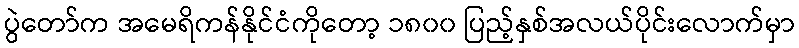
ပွဲတော်က အမေရိကန်နိုင်ငံကိုတော့ ၁၈၀၀ ပြည့်နှစ်အလယ်ပိုင်းလောက်မှာ